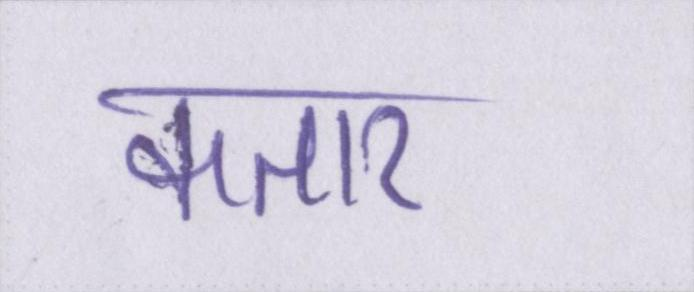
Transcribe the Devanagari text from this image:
कतार